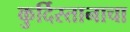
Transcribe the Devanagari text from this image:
कुर्दिस्तानाचा